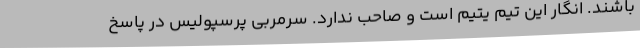
باشند. انگار این تیم یتیم است و صاحب ندارد. سرمربی پرسپولیس در پاسخ